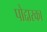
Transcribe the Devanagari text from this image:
पोद्दारका